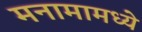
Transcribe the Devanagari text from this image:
मनामामध्ये